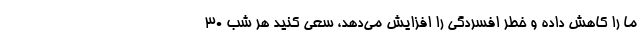
ما را کاهش داده و خطر افسردگی را افزایش می‌دهد، سعی کنید هر شب ۳۰